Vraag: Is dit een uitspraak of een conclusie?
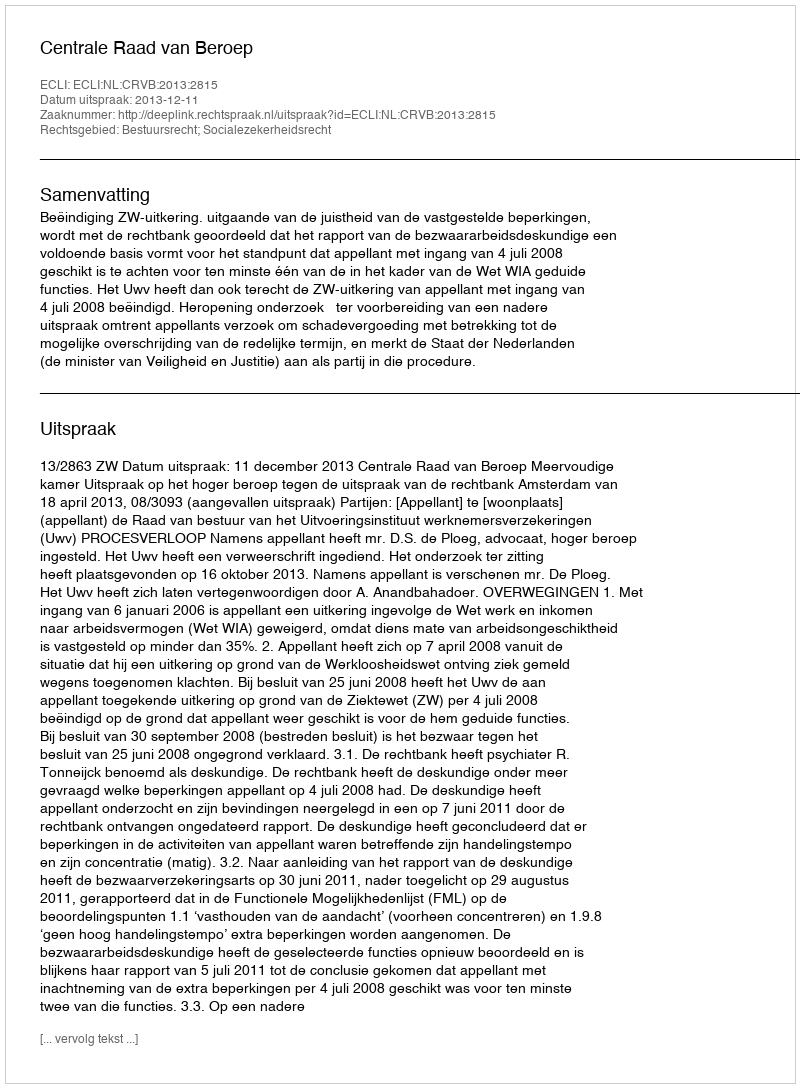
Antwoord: Uitspraak